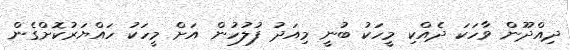
ދިއްދޫން ވާހަކަ ދެއްކި މީހަކު ބުނީ މިއަދު ފުލުހުން އަށް މީހަކު ހައްޔަރުކޮށްގެން